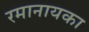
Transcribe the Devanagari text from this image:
रमानायका